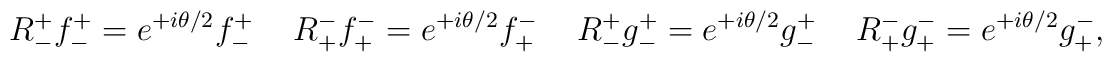
R_{-}^{+} f_{-}^{+} =  e^{+i\theta/2} f_{-}^{+} \hspace{0.5cm} R_{+}^{-} f_{+}^{-} =  e^{+i\theta/2} f_{+}^{-} \hspace{0.5cm} R_{-}^{+} g_{-}^{+} =  e^{+i\theta/2} g_{-}^{+} \hspace{0.5cm} R_{+}^{-} g_{+}^{-} =  e^{+i\theta/2} g_{+}^{-}  ,